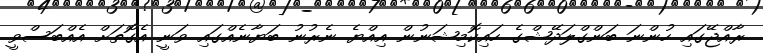
ރާއްޖޭގައި ހުންނަ ބަންގްލަދޭޝްގެ ހައިކޮމިޝަނުން އިއްޔެ ނެރުނު ބަޔާނެއްގައި ވަނީ އެގޮތަށް އެއްބަސްވީ